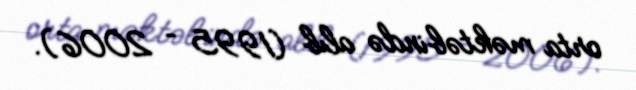
orta məktəbində alıb (1995 – 2006).